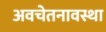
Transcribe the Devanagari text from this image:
अवचेतनावस्था